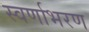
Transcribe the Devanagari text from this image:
स्वर्णाभरण